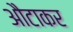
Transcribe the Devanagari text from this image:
औटाकर